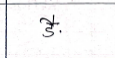
मजकूर: डै